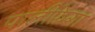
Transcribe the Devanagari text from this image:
पालीफ़ेगा